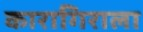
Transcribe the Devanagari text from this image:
कारागिराला